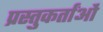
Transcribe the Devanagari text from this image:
प्रस्तुकर्तांओं